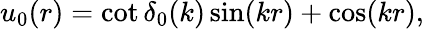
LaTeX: u_{0}(r)=\cot\delta_{0}(k)\sin(kr)+\cos(kr),